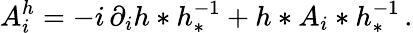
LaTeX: A_{i}^{h}=-i\, \partial_{i}h*h_{*}^{-1}+h*A_{i}*h_{*}^{-1}\, .